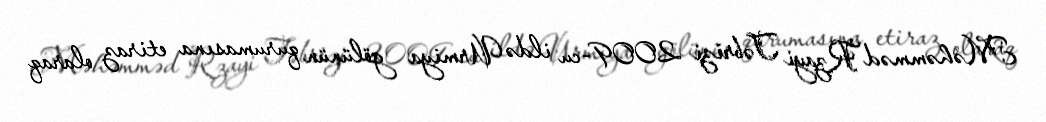
Məhəmməd Rzayi Təbrizi 2009-cu ildə Urmiya gölünün qurumasına etiraz olaraq